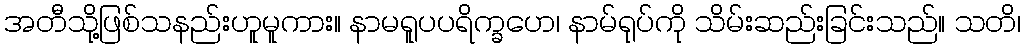
အတီသို့ဖြစ်သနည်းဟူမူကား။ နာမရူပပရိက္ခဟေ၊ နာမ်ရုပ်ကို သိမ်းဆည်းခြင်းသည်။ သတိ၊